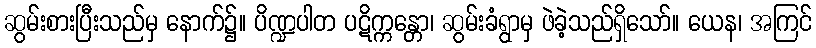
ဆွမ်းစားပြီးသည်မှ နောက်၌။ ပိဏ္ဍပါတ ပဋိက္ကန္တော၊ ဆွမ်းခံရွာမှ ဖဲခဲ့သည်ရှိသော်။ ယေန၊ အကြင်